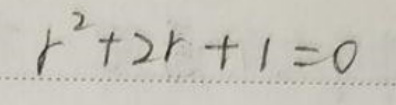
$r^{2}+2r + 1 = 0$